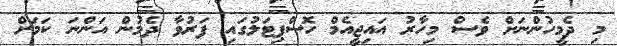
މި ދެމީހުންނަށް ވެސް މިހާރު އައިޖީއެމް ހޮސްޕިޓަލުގައި ފަރުވާ ދެމުން އަންނަ ކަމަށް